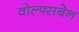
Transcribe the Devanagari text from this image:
वोल्फ्सबेन